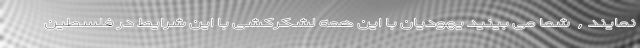
نمایند, شما می بینید یهودیان با این همه لشکرکشی با این شرایط در فلسطین